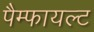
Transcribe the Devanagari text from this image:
पैम्फायल्ट